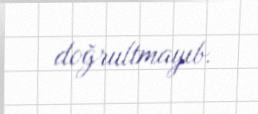
doğrultmayıb.